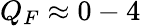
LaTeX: Q_{F}\approx 0-4